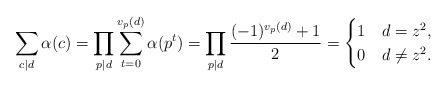
\begin{align*}\sum_{c \mid d}\alpha(c) = \prod_{p \mid d}\sum_{t = 0}^{v_p(d)}\alpha(p^t) = \prod_{p \mid d}\frac{(-1)^{v_p(d)}+1}{2} = \begin{cases}1 & d = z^2,\\0 & d \neq z^2.\end{cases}\end{align*}